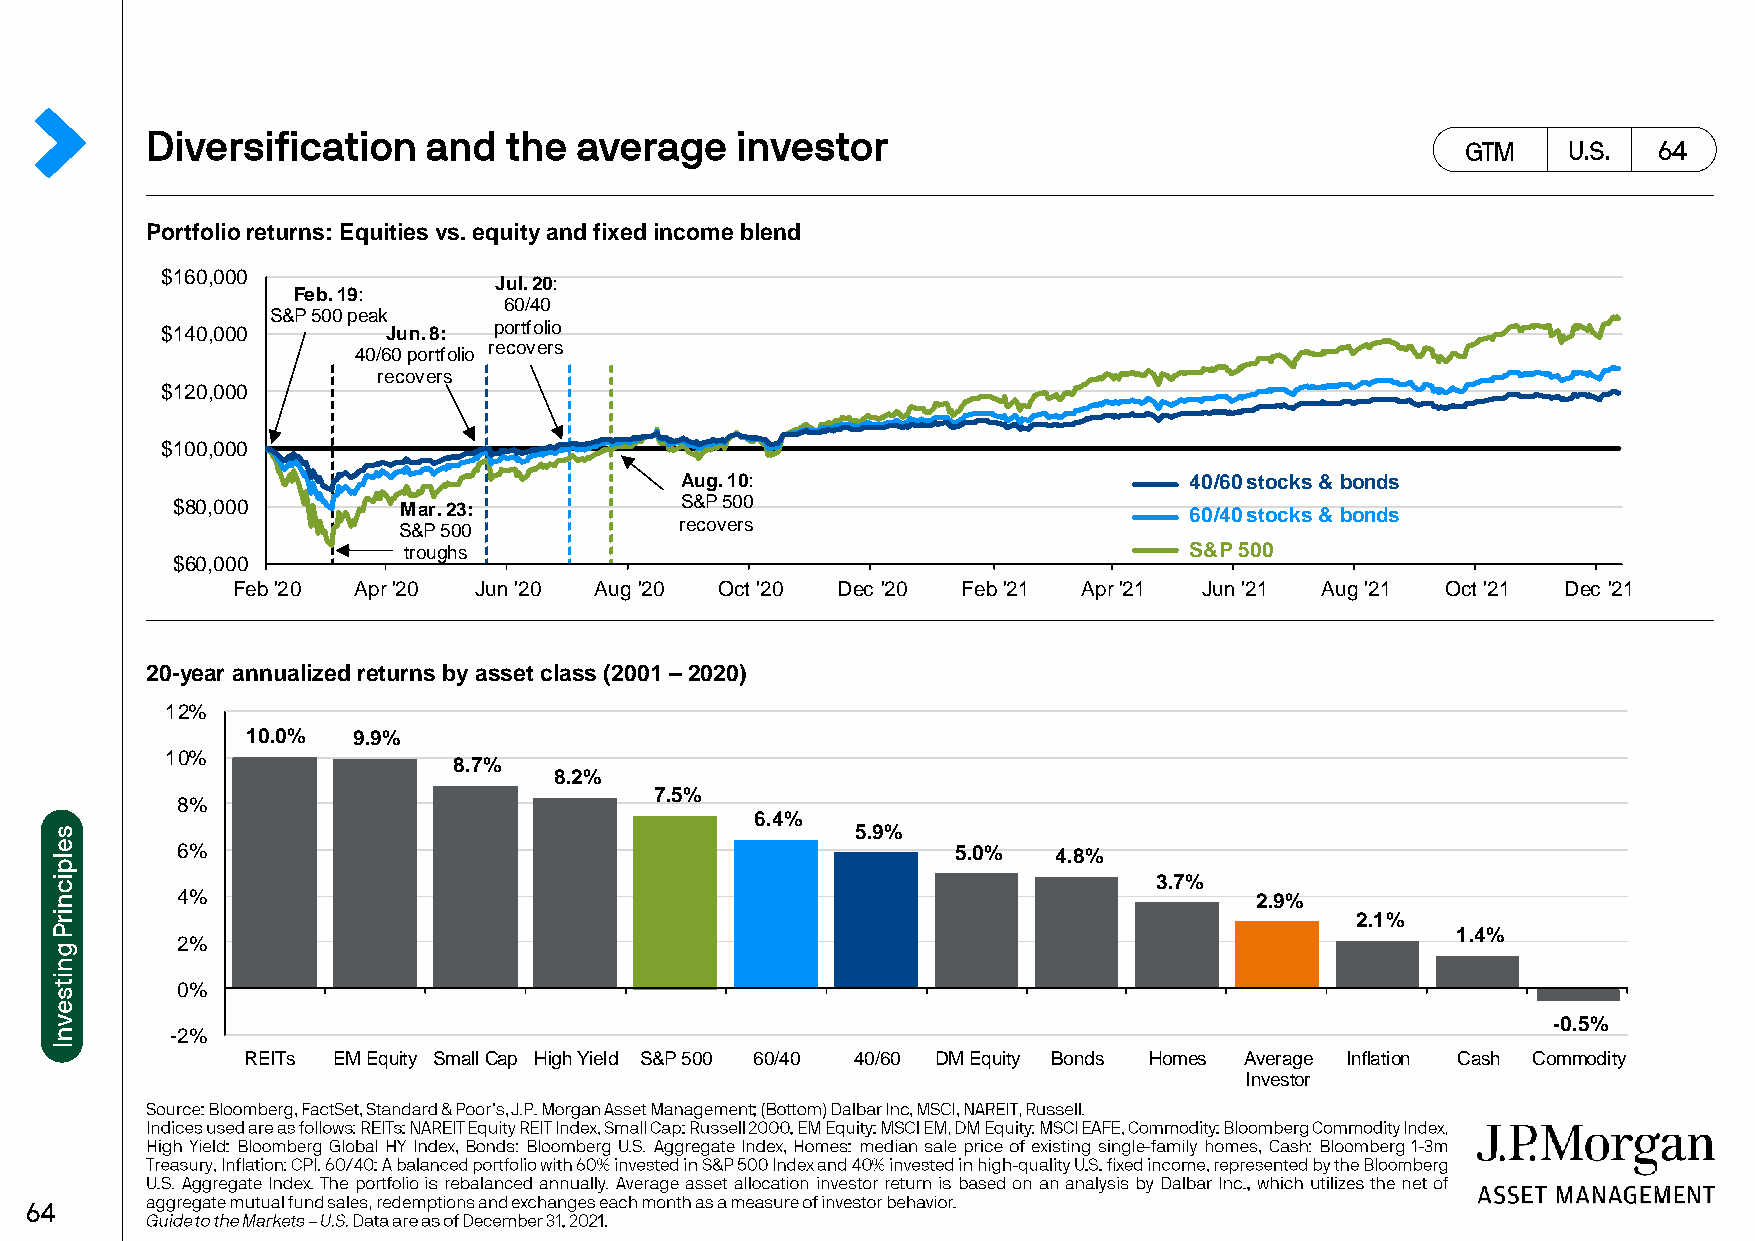
Portfolio returns: Equities vs. equity and fixed income blend
 $160,000
 Jul. 20:
 Feb. 19:
 60/40
 S&P 500 peak
 $140,000       Jun. 8: portfolio
 40/60portfolio recovers
 recovers
 $120,000
 $100,000
 Aug. 10:                          40/60 stocks & bonds
 $80,000        Mar. 23:           S&P 500                           60/40 stocks & bonds
 S&P 500            recovers
 troughs                                             S&P 500
 $60,000
 Feb '20 Apr '20 Jun '20 Aug '20  Oct '20 Dec '20 Feb '21 Apr '21 Jun '21 Aug '21 Oct '21 Dec '21
 20-year annualized returns by asset class (2001 –2020)
 12%
 10.0%  9.9%
 10%
 8.7%
 8.2%
 7.5%
 8%
 6.4%
 5.9%
 6%                                                 5.0%   4.8%
 3.7%
 4%                                                                     2.9%
 2.1%
 1.4%
 2%
 0%
 -0.5%
 -2%
 REITs EM Equity Small Cap High Yield S&P 500 60/40 40/60 DM Equity Bonds Homes Average Inflation Cash Commodity
 Investor